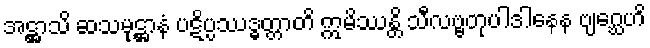
အဋ္ဌာသိ ဆသမုဋ္ဌာနံ ပဋိပ္ပဿဒ္ဓတ္တာတိ ဣမိဿန္တိ သီလဗ္ဗတုပါဒါနေန ဗျဂ္ဃေဟိ